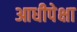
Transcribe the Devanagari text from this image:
आधीपेक्षा